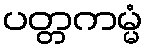
ပတ္တကမ္မံ